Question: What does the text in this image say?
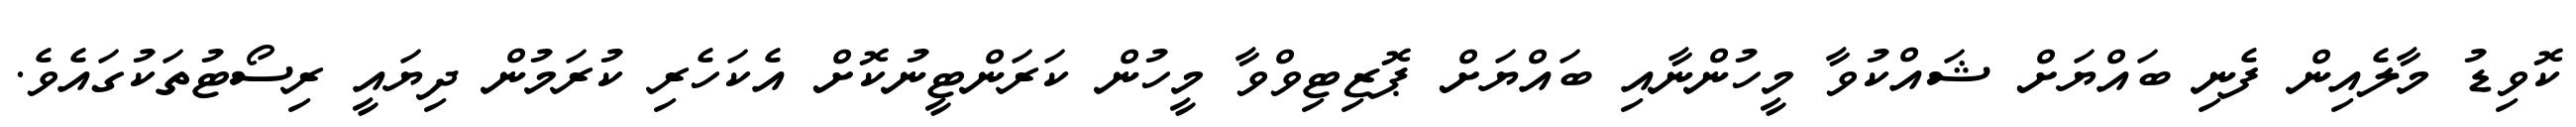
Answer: ކޮވިޑު މާލެއިން ފެނި ބައްޔަށް ޝައްކުވާ މީހުންނާއި ބައްޔަށް ޕޮޒިޓިވްވާ މީހުން ކަރަންޓީނުކޮށް އެކަހެރި ކުރަމުން ދިޔައީ ރިސޯޓުތަކުގައެވެ.